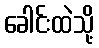
ခေါင်းထဲသို့